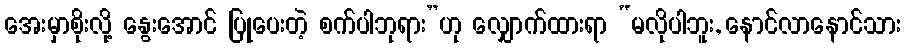
အေးမှာစိုးလို့ နွေးအောင် ပြုပေးတဲ့ စက်ပါဘုရား”ဟု လျှောက်ထားရာ “မလိုပါဘူး, နောင်လာနောင်သား